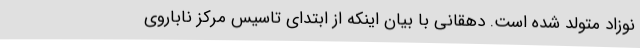
نوزاد متولد شده است. دهقانی با بیان اینکه از ابتدای تاسیس مرکز ناباروی